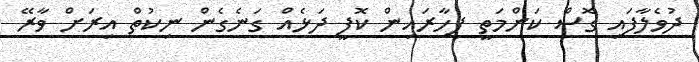
ދުވެލާފައި ގޮސް ކަންމަތީ ފިހާރައިން ކޮފީ ދަޅެއް ގަނެގެން ނިކުތް އިރަށް ވާރޭ